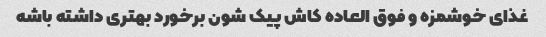
غذای خوشمزه و فوق العاده کاش پیک شون برخورد بهتری داشته باشه